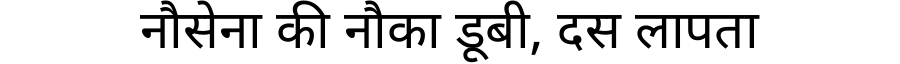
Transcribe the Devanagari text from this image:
नौसेना की नौका डूबी, दस लापता